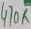
Text: 470K